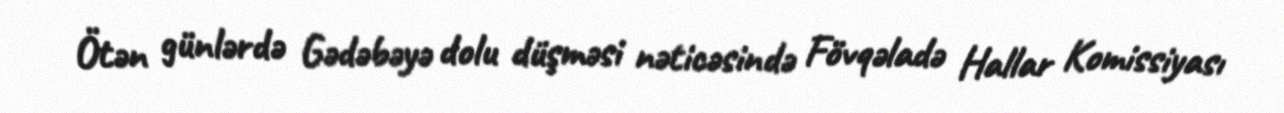
Ötən günlərdə Gədəbəyə dolu düşməsi nəticəsində Fövqəladə Hallar Komissiyası